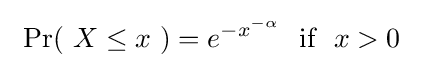
\ \Pr(\ X\leq x\ )=e^{-x^{-\alpha }}~{\text{ if }}~x>0~